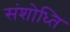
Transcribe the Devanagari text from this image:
संशोध्ति